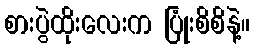
စားပွဲထိုးလေးက ပြုံးစိစိနဲ့။